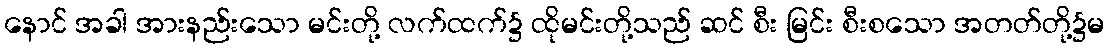
နောင် အခါ အားနည်းသော မင်းတို့ လက်ထက်၌ ထိုမင်းတို့သည် ဆင် စီး မြင်း စီးစသော အတတ်တို့၌မ